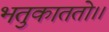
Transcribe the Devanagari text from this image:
भतुकाततो।।